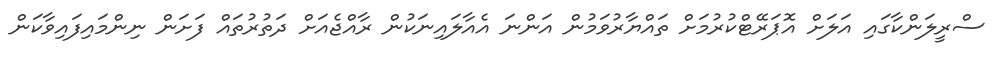
ސްރީލަންކާގައި އަލަަށް އޮޕަރޭޓްކުރުމަށް ތައްޔާރުވަމުން އަންނަ އެެއާލައިނަކުން ރާއްޖެއަށް ދަތުރުތައް ފަށަން ނިންމައިފައިވާކަން